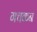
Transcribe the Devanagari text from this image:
गचकन